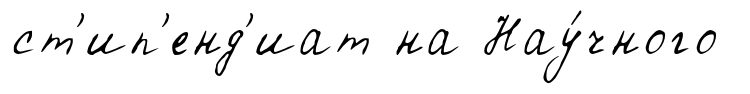
ст'ип'енд'иат на Нау́чного